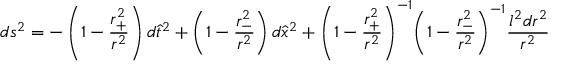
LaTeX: d s ^ { 2 } = - \left( 1 - \frac { r _ { + } ^ { 2 } } { r ^ { 2 } } \right) d { \hat { t } } ^ { 2 } + \left( 1 - \frac { r _ { - } ^ { 2 } } { r ^ { 2 } } \right) d { \hat { x } } ^ { 2 } + { \left( 1 - \frac { r _ { + } ^ { 2 } } { r ^ { 2 } } \right) } ^ { - 1 } { \left( 1 - \frac { r _ { - } ^ { 2 } } { r ^ { 2 } } \right) } ^ { - 1 } \frac { l ^ { 2 } d r ^ { 2 } } { r ^ { 2 } }